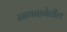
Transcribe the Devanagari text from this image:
रमणबागेतील